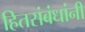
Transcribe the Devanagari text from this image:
हितसंबंधांनी